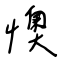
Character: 懊